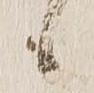
候